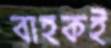
বাহকই